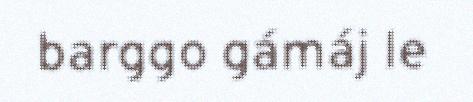
barggo gámáj le